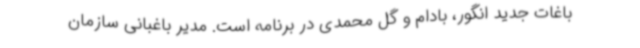
باغات جدید انگور، بادام و گل‌ محمدی در برنامه است. مدیر باغبانی سازمان